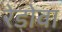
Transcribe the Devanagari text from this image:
रेडोवा